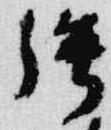
強